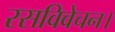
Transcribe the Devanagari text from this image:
रसविवेचन।